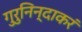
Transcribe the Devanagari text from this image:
गुरुनिन्दाकरं